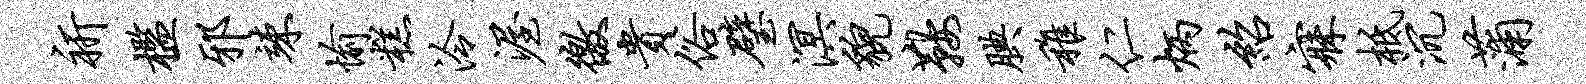
祈槛邪竦愉糕泠渥徼贵俗璧溟貌鞍腆稚仁炳绍寐柢沉蒲